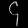
Digit: ၄